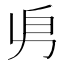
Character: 𠂣